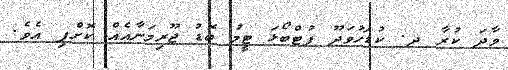
ވާދަ ކުރާ ދ. ކުޑަހުވަދޫ ފުޓްބޯޅަ ޓީމު ބޮޑު ޖޫރިމަނާއެއް ކޮށްފި އެވެ.